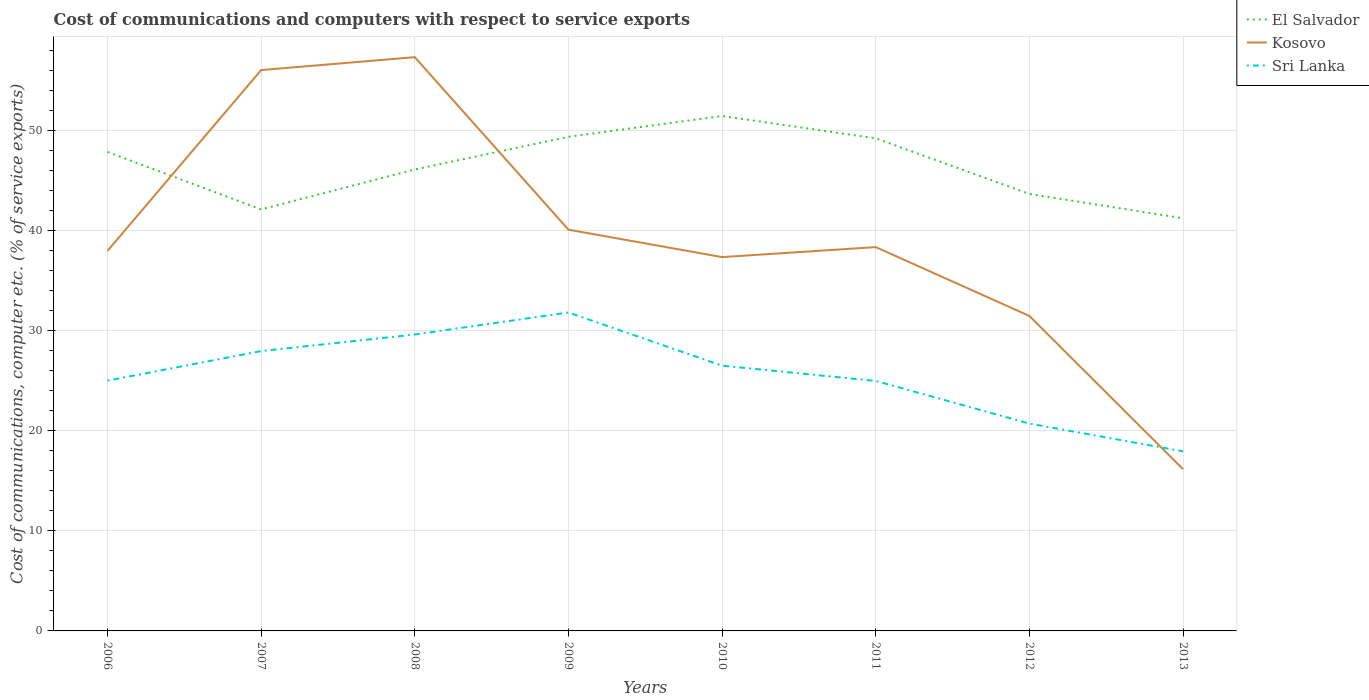
| Years | El Salvador | Kosovo | Sri Lanka |
 | --- | --- | --- | --- |
 | 2006 | 47.9 | 38 | 25 |
 | 2007 | 42.2 | 56.1 | 28 |
 | 2008 | 46.1 | 57.4 | 29.6 |
 | 2009 | 49.4 | 40.1 | 31.8 |
 | 2010 | 51.5 | 37.4 | 26.5 |
 | 2011 | 49.3 | 38.4 | 25 |
 | 2012 | 43.7 | 31.5 | 20.7 |
 | 2013 | 41.3 | 16.2 | 18 |